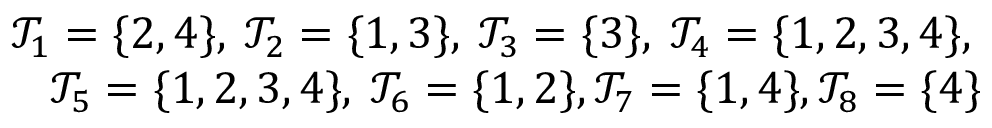
\begin{array} { r } { \mathcal { T } _ { 1 } = \{ 2 , 4 \} , \: \mathcal { T } _ { 2 } = \{ 1 , 3 \} , \: \mathcal { T } _ { 3 } = \{ 3 \} , \: \mathcal { T } _ { 4 } = \{ 1 , 2 , 3 , 4 \} , \: } \\ { \mathcal { T } _ { 5 } = \{ 1 , 2 , 3 , 4 \} , \: \mathcal { T } _ { 6 } = \{ 1 , 2 \} , \mathcal { T } _ { 7 } = \{ 1 , 4 \} , \mathcal { T } _ { 8 } = \{ 4 \} } \end{array}